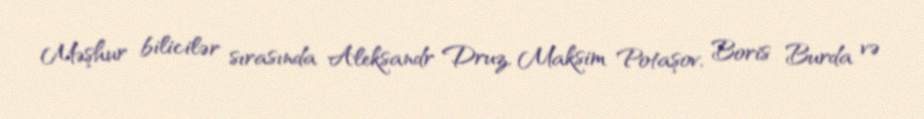
Məşhur bilicilər sırasında Aleksandr Druz, Maksim Potaşov, Boris Burda və